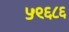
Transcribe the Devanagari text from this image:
५९६८६